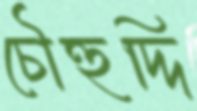
চৌহুদ্দি